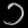
Digit: ၁